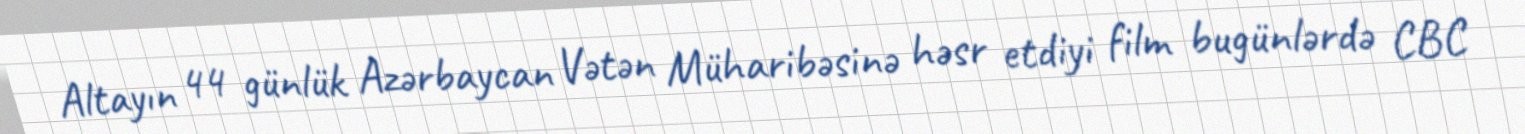
Altayın 44 günlük Azərbaycan Vətən Müharibəsinə həsr etdiyi film bugünlərdə CBC